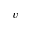
v